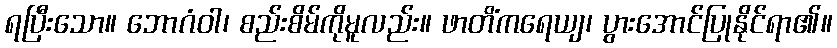
ရပြီးသော။ ဘောဂံဝါ၊ စည်းစိမ်ကိုမူလည်း။ ဖာတိံကရေယျ၊ ပွားအောင်ပြုနိုင်ရာ၏။